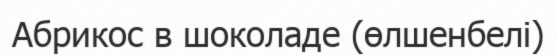
Абрикос в шоколаде (өлшенбелі)